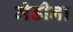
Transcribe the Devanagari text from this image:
मेडीना